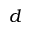
d